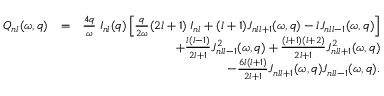
\begin{array} { r l r } { { \cal Q } _ { n l } ( \omega , q ) } & { = } & { \frac { 4 q } { \omega } \; { \cal I } _ { n l } ( q ) \left[ \frac { q } { 2 \omega } ( 2 l + 1 ) \; { \cal I } _ { n l } + ( l + 1 ) { \cal J } _ { n l l + 1 } ( \omega , q ) - l { \cal J } _ { n l l - 1 } ( \omega , q ) \right] } \\ & { } & { + \frac { l ( l - 1 ) } { 2 l + 1 } { \cal J } _ { n l l - 1 } ^ { 2 } ( \omega , q ) + \frac { ( l + 1 ) ( l + 2 ) } { 2 l + 1 } { \cal J } _ { n l l + 1 } ^ { 2 } ( \omega , q ) } \\ & { } & { - \frac { 6 l ( l + 1 ) } { 2 l + 1 } { \cal J } _ { n l l + 1 } ( \omega , q ) { \cal J } _ { n l l - 1 } ( \omega , q ) . } \end{array}